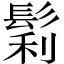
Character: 鬁